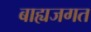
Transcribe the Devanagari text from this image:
बाह्यजगत